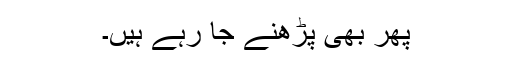
پھر بھی پڑھنے جا رہے ہیں۔